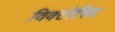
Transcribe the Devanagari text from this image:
विक्टोरिय